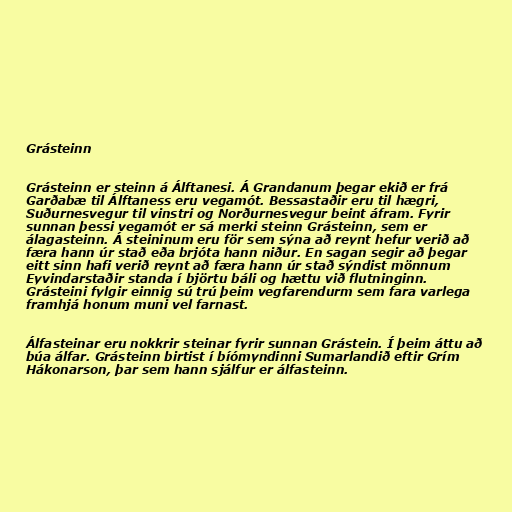
Grásteinn

Grásteinn er steinn á Álftanesi. Á Grandanum þegar ekið er frá
Garðabæ til Álftaness eru vegamót. Bessastaðir eru til hægri,
Suðurnesvegur til vinstri og Norðurnesvegur beint áfram. Fyrir
sunnan þessi vegamót er sá merki steinn Grásteinn, sem er
álagasteinn. Á steininum eru för sem sýna að reynt hefur verið að
færa hann úr stað eða brjóta hann niður. En sagan segir að þegar
eitt sinn hafi verið reynt að færa hann úr stað sýndist mönnum
Eyvindarstaðir standa í björtu báli og hættu við flutninginn.
Grásteini fylgir einnig sú trú þeim vegfarendurm sem fara varlega
framhjá honum muni vel farnast.

Álfasteinar eru nokkrir steinar fyrir sunnan Grástein. Í þeim áttu að
búa álfar. Grásteinn birtist í bíómyndinni Sumarlandið eftir Grím
Hákonarson, þar sem hann sjálfur er álfasteinn.